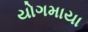
યોગમાયા